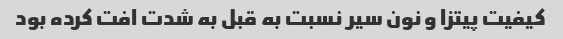
کیفیت پیتزا و نون سیر نسبت به قبل به شدت افت کرده بود